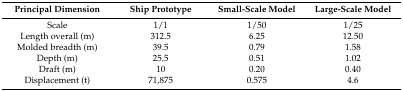
| Principal Dimension | Ship Prototype | Small-Scale Model | Large-Scale Model |
 | --- | --- | --- | --- |
 | Scale | 1/1 | 1/50 | 1/25 |
 | Length overall (m) | 312.5 | 6.25 | 12.50 |
 | Molded breadth (m) | 39.5 | 0.79 | 1.58 |
 | Depth (m) | 25.5 | 0.51 | 1.02 |
 | Draft (m) | 10 | 0.20 | 0.40 |
 | Displacement (t) | 71,875 | 0.575 | 4.6 |